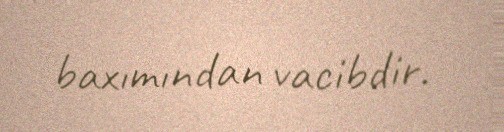
baxımından vacibdir.